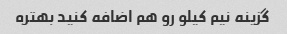
گزینه نیم کیلو رو هم اضافه کنید بهتره